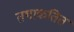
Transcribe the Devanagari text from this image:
तथाकतित